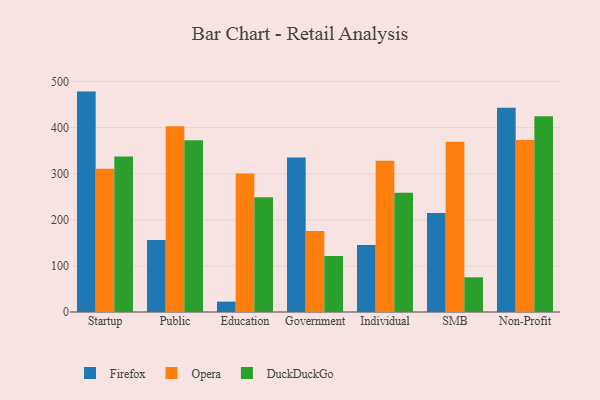
{"axis": {"x": "Segment", "y": "Energy Usage (MWh)"}, "legend": ["DuckDuckGo", "Firefox", "Opera"], "data": [{"x": "Startup", "y": 477.9, "type": "Firefox"}, {"x": "Startup", "y": 310.7, "type": "Opera"}, {"x": "Startup", "y": 337.3, "type": "DuckDuckGo"}, {"x": "Public", "y": 156.1, "type": "Firefox"}, {"x": "Public", "y": 403.0, "type": "Opera"}, {"x": "Public", "y": 372.4, "type": "DuckDuckGo"}, {"x": "Education", "y": 22.5, "type": "Firefox"}, {"x": "Education", "y": 300.3, "type": "Opera"}, {"x": "Education", "y": 248.7, "type": "DuckDuckGo"}, {"x": "Government", "y": 334.8, "type": "Firefox"}, {"x": "Government", "y": 175.5, "type": "Opera"}, {"x": "Government", "y": 121.3, "type": "DuckDuckGo"}, {"x": "Individual", "y": 145.1, "type": "Firefox"}, {"x": "Individual", "y": 328.1, "type": "Opera"}, {"x": "Individual", "y": 258.7, "type": "DuckDuckGo"}, {"x": "SMB", "y": 214.9, "type": "Firefox"}, {"x": "SMB", "y": 369.3, "type": "Opera"}, {"x": "SMB", "y": 75.3, "type": "DuckDuckGo"}, {"x": "Non-Profit", "y": 443.0, "type": "Firefox"}, {"x": "Non-Profit", "y": 373.2, "type": "Opera"}, {"x": "Non-Profit", "y": 424.5, "type": "DuckDuckGo"}]}